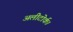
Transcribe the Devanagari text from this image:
अलीटोर्क।